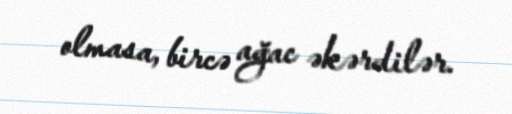
olmasa, bircə ağac əkərdilər.